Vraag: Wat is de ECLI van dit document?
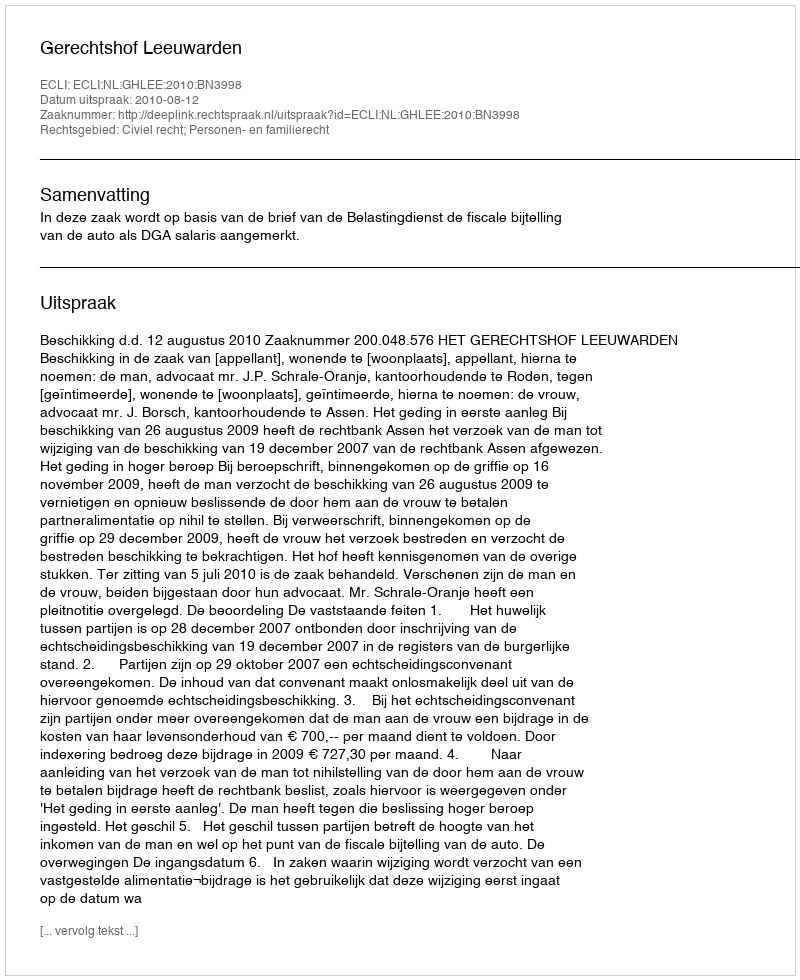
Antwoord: ECLI:NL:GHLEE:2010:BN3998